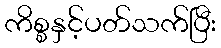
ကိစ္စနှင့်ပတ်သက်ပြီး